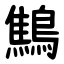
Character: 鷦